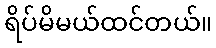
ရိပ်မိမယ်ထင်တယ်။